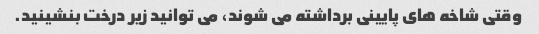
وقتی شاخه های پایینی برداشته می شوند، می توانید زیر درخت بنشینید.